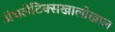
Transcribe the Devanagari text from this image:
ॲथलेटिक्सखालोखाल